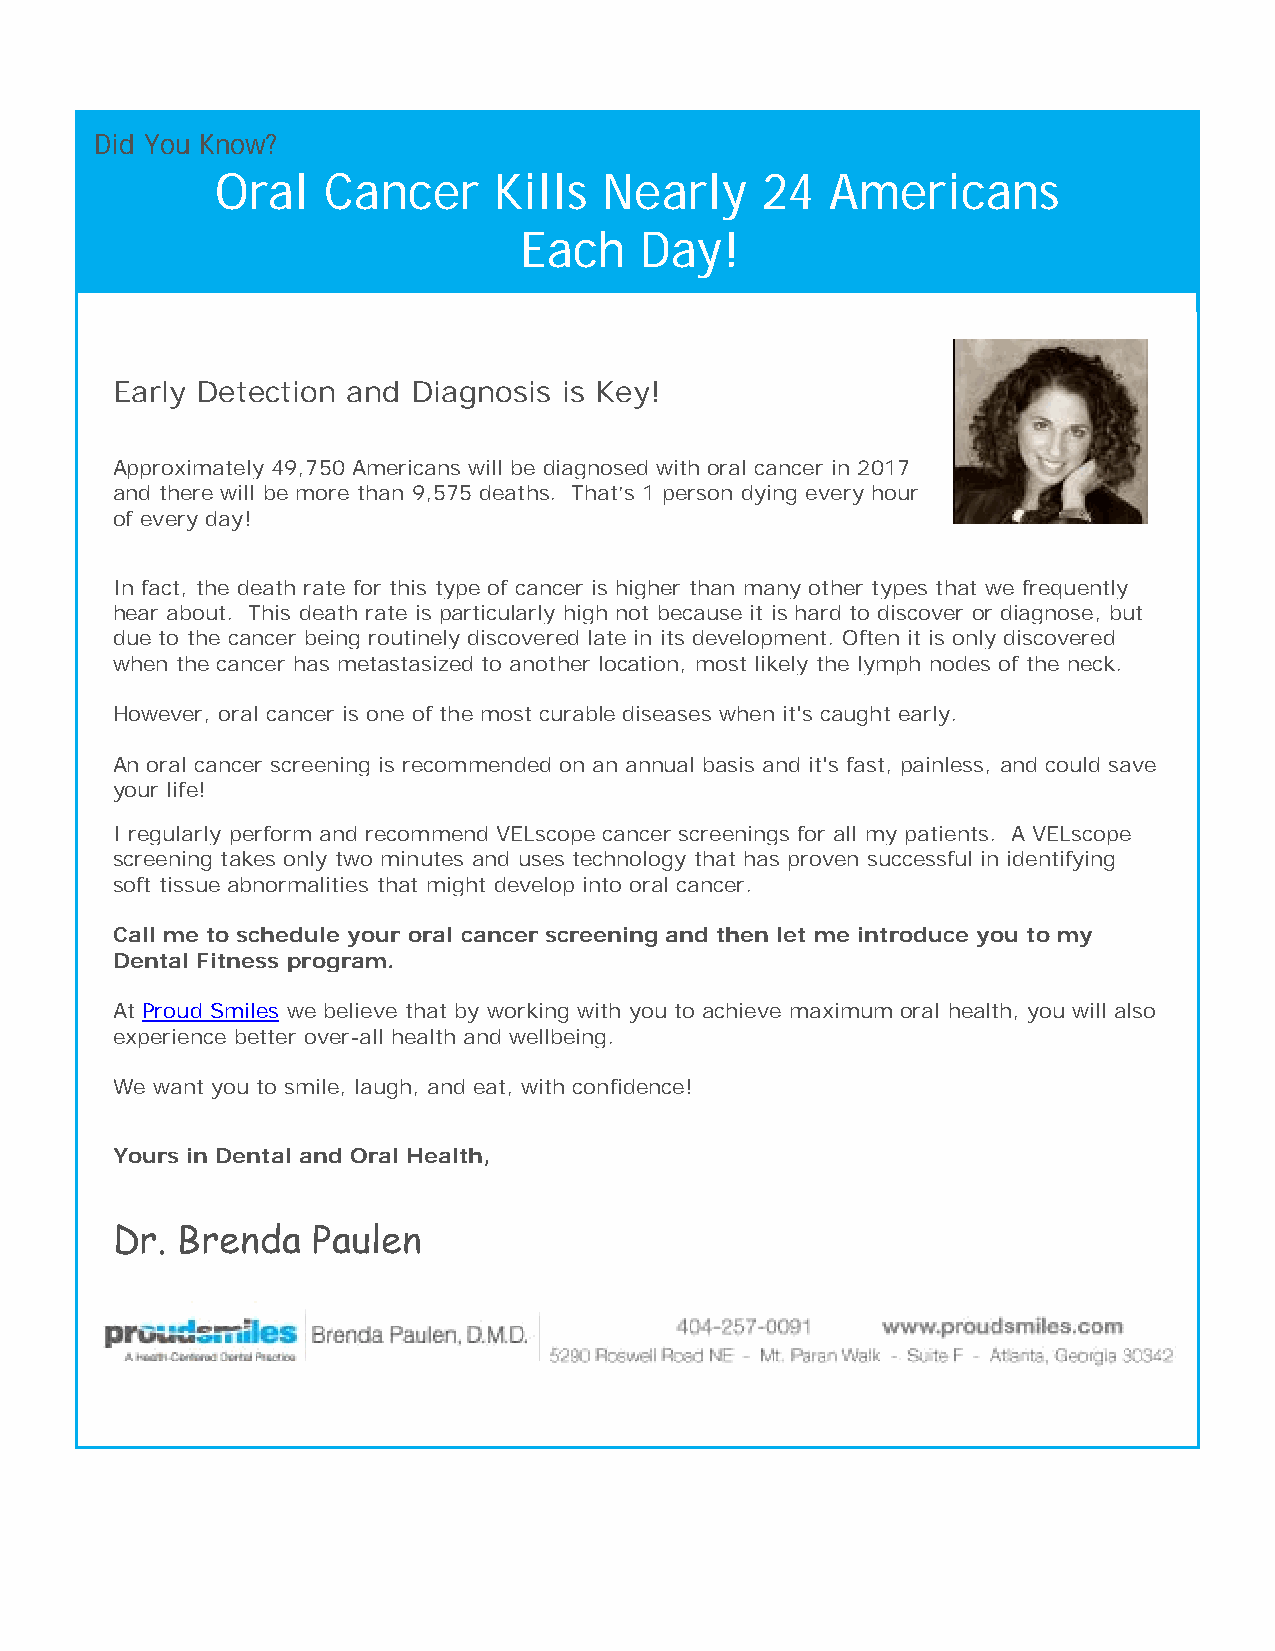
Did You Know?
 Oral   Cancer      Kills  Nearly    24   Americans
 Each    Day!
 Early Detection and Diagnosis is Key!
 Approximately 49,750 Americans will be diagnosed with oral cancer in 2017
 and there will be more than 9,575 deaths. That’s 1 person dying every hour
 of every day!
 In fact, the death rate for this type of cancer is higher than many other types that we frequently
 hear about. This death rate is particularly high not because it is hard to discover or diagnose, but
 due to the cancer being routinely discovered late in its development. Often it is only discovered
 when the cancer has metastasized to another location, most likely the lymph nodes of the neck.
 However, oral cancer is one of the most curable diseases when it's caught early.
 An oral cancer screening is recommended on an annual basis and it's fast, painless, and could save
 your life!
 I regularly perform and recommend VELscope cancer screenings for all my patients. A VELscope
 screening takes only two minutes and uses technology that has proven successful in identifying
 soft tissue abnormalities that might develop into oral cancer.
 Call me to schedule your oral cancer screening and then let me introduce you to my
 Dental Fitness program.
 At Proud Smiles we believe that by working with you to achieve maximum oral health, you will also
 experience better over-all health and wellbeing.
 We want you to smile, laugh, and eat, with confidence!
 Yours in Dental and Oral Health,
 Dr.  Brenda   Paulen